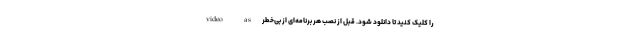
video as را کلیک کنید تا دانلود شود. قبل از نصب هر برنامه‌ای از بی‌خطر